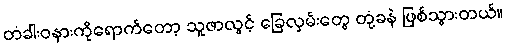
တံခါးဝနားကိုရောက်တော့ သူဇာလွင့် ခြေလှမ်းတွေ တုံ့ခနဲ ဖြစ်သွားတယ်။